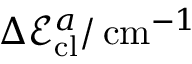
\Delta \mathcal { E } _ { \mathrm { c l } } ^ { a } / \, \mathrm { c m } ^ { - 1 }